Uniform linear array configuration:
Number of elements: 64
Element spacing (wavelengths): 0.75
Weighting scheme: binomial
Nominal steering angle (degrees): -60
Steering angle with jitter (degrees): -59.981
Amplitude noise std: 0.05
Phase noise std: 0.05

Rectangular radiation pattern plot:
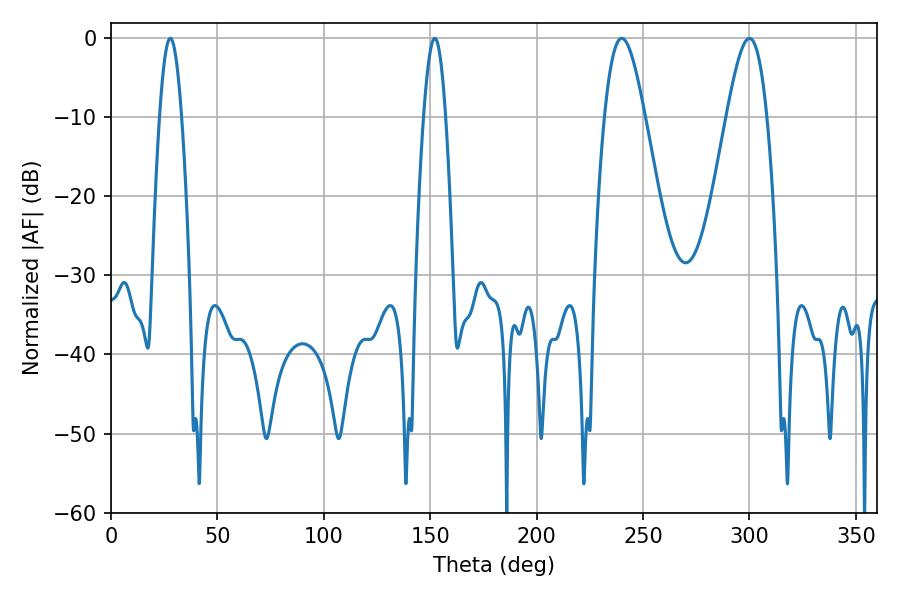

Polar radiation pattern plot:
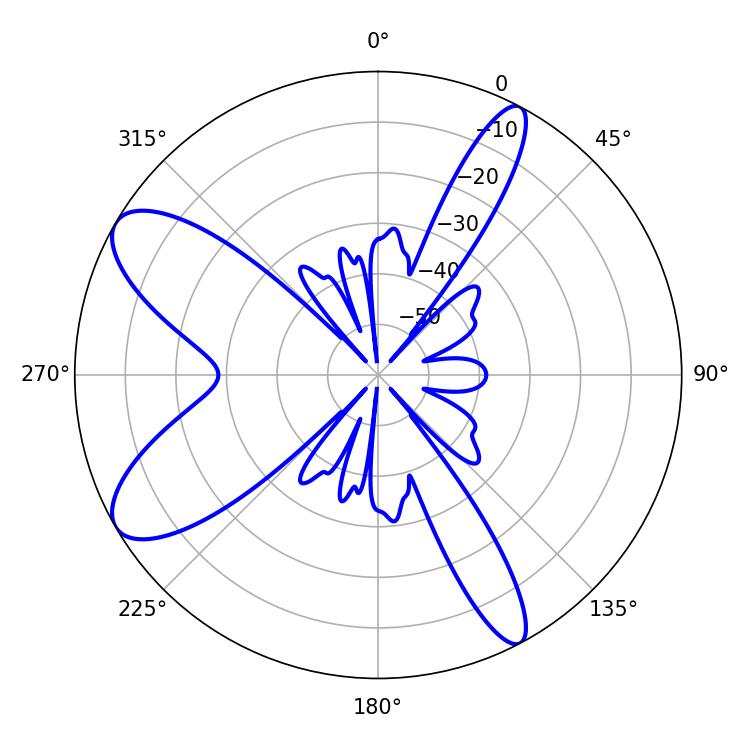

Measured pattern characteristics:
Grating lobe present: TRUE
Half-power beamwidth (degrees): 10.26
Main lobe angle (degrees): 239.94